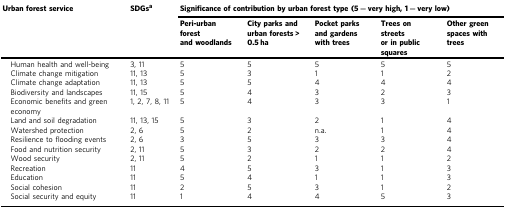
<table><thead><tr><td><b>Urban forest service</b></td><td><b>SDGs<sup>a</sup></b></td><td colspan="5"><b>Significance of contribution by urban forest type (5 = very high, 1 = very low)</b></td></tr><tr><td></td><td></td><td><b>Peri-urban forest and woodlands</b></td><td><b>City parks and urban forests &gt; 0.5 ha</b></td><td><b>Pocket parks and gardens with trees</b></td><td><b>Trees on streets or in public squares</b></td><td><b>Other green spaces with trees</b></td></tr></thead><tbody><tr><td> Human health and well-being</td><td>3, 11</td><td>5</td><td>5</td><td>5</td><td>5</td><td>5</td></tr><tr><td> Climate change mitigation</td><td>11, 13</td><td>5</td><td>3</td><td>1</td><td>1</td><td>2</td></tr><tr><td> Climate change adaptation</td><td>11, 13</td><td>5</td><td>5</td><td>4</td><td>4</td><td>4</td></tr><tr><td> Biodiversity and landscapes</td><td>11, 15</td><td>5</td><td>4</td><td>3</td><td>2</td><td>3</td></tr><tr><td> Economic benefits and green economy</td><td>1, 2, 7, 8, 11</td><td>5</td><td>4</td><td>3</td><td>3</td><td>1</td></tr><tr><td> Land and soil degradation</td><td>11, 13, 15</td><td>5</td><td>3</td><td>2</td><td>1</td><td>4</td></tr><tr><td> Watershed protection</td><td>2, 6</td><td>5</td><td>2</td><td>n.a.</td><td>1</td><td>4</td></tr><tr><td> Resilience to flooding events</td><td>2, 6</td><td>3</td><td>5</td><td>3</td><td>3</td><td>4</td></tr><tr><td> Food and nutrition security</td><td>2, 11</td><td>5</td><td>3</td><td>2</td><td>2</td><td>4</td></tr><tr><td> Wood security</td><td>2, 11</td><td>5</td><td>2</td><td>1</td><td>1</td><td>2</td></tr><tr><td> Recreation</td><td>11</td><td>4</td><td>5</td><td>3</td><td>1</td><td>3</td></tr><tr><td> Education</td><td>11</td><td>5</td><td>4</td><td>1</td><td>1</td><td>3</td></tr><tr><td> Social cohesion</td><td>11</td><td>2</td><td>5</td><td>3</td><td>1</td><td>2</td></tr><tr><td> Social security and equity</td><td>11</td><td>1</td><td>4</td><td>4</td><td>5</td><td>3</td></tr></tbody></table>